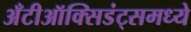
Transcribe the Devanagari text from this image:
अँटीऑक्सिडंट्समध्ये